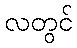
လတွင်